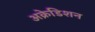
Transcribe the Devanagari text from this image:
अक्रेडिशन